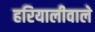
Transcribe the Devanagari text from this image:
हरियालीवाले